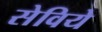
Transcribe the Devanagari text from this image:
सेविये